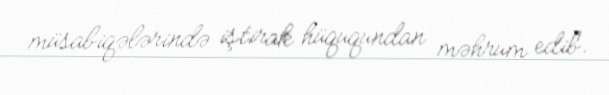
müsabiqələrində iştirak hüququndan məhrum edib.